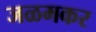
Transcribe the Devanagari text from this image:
जळमकर